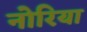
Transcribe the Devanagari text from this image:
नोरिया